Civil Veterinary Dept. North-West Frontier Province 1923-32 - 1923-1932
Year: 1923
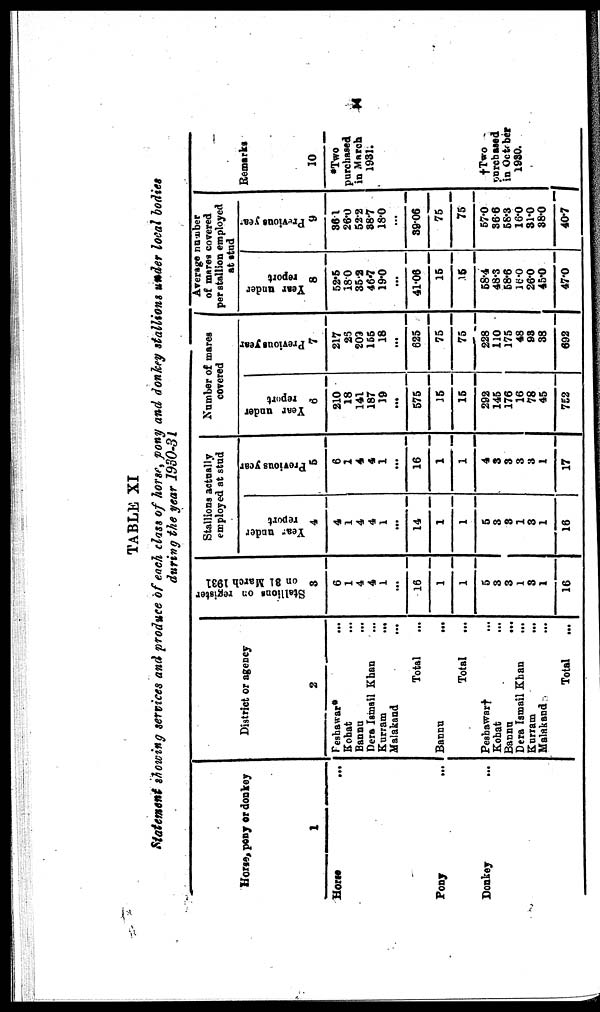
X
TABLE XI
Statement showing services and produce of each class of horse pony and donkey stallions under local bodies
during the year 1930-31
Horse, pony or donkey
1
Horse ...
Pony ...
Donkey ...
District or agency
2
Peshawar*
...
Kohat ...
Bannu ...
Dera Ismail Khan ...
Kurram
...
Malakand
...
Total...
Bannu
...
Total...
Peshawar† ...
Kohat ...
Bannu
...
Dera Ismail Khan
...
Kurram
...
Malakand ...
Total...
Stallions on register
on 31 March 1931
3
6
1
4
4
1
...
16
1
1
5
3
3
1
3
1
16
Stallions actually
employed at stud
Year under
report
4
4
1
4
4
1
...
14
1
1
5
3
3
1
3
1
16
Previous year
5
6
1
4
4
1
...
16
1
1
4
3
3
3
3
1
17
Number of mares
covered
Year under
report
6
210
18
141
187
19
...
575
15
15
292
145
176
16
78
45
752
Previous year
7
217
26
209
155
18
...
625
75
75
228
110
175
48
93
38
692
Average number
of mares covered
per stallion employed
at stud
Year under
report
8
52.5
18.0
35.2
46.7
19.0
...
41.06
15
15
58.4
48.3
58.6
16.0
26.0
45.0
47.0
Previous year
9
36.1
26.0
52.2
38.7
18.0
...
39.06
75
75
57.0
36.6
58.3
16.0
31.0
38.0
40.7
Remarks
10
*Two
purchased
in March
1931.
†Two
purchased
in October
1930.